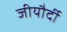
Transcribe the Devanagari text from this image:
जीयौर्दी